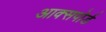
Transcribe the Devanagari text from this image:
आक्सपोर्ड